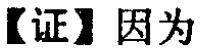
【证】因为